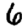
Digit: 6